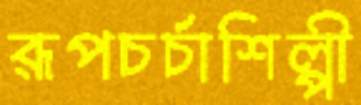
রূপচর্চাশিল্পী